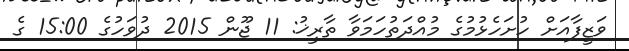
ވަޒީފާއަށް ހުށަހެޅުމުގެ މުއްދަތުހަމަވާ ތާރީޚު: 11 ޖޫން 2015 ދުވަހުގެ 15:00 ގެ